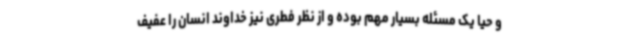
و حیا یک مسئله بسیار مهم بوده و از نظر فطری نیز خداوند انسان را عفیف